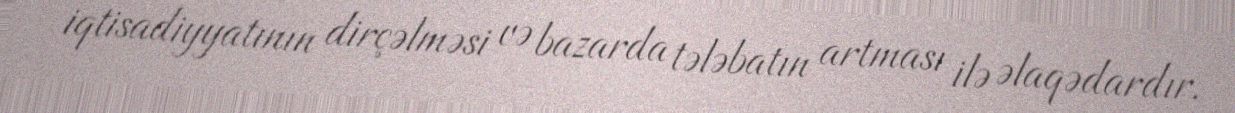
iqtisadiyyatının dirçəlməsi və bazarda tələbatın artması ilə əlaqədardır.